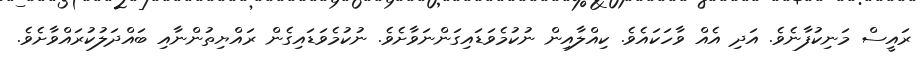
ރައީސް މަނިކުފާނެވެ. އަދި އެއް ވާހަކައެވެ. ކިއްލާއިން ނުކުމެވަޑައިގަންނަވާށެވެ. ނުކުމެވަޑައިގެން ރައްޔިތުންނާއި ބައްދަލުކުރައްވާށެވެ.